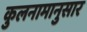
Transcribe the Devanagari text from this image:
कुलनामानुसार